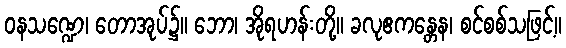
ဝနသဏ္ဍေ၊ တောအုပ်၌။ ဘော၊ အိုရဟန်းတို့။ ခလုဧကန္တေန၊ စင်စစ်သဖြင့်။